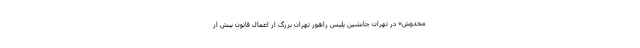
مخدوش» در تهران جانشین پلیس راهور تهران بزرگ از اعمال قانون بیش از